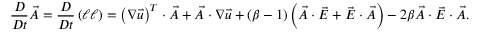
\frac { D } { D t } \vec { A } = \frac { D } { D t } \left( \boldsymbol { \ell } \boldsymbol { \ell } \right) = \left( \boldsymbol { \nabla } \vec { u } \right) ^ { T } \cdot \vec { A } + \vec { A } \cdot \boldsymbol { \nabla } \vec { u } + ( \beta - 1 ) \left( \vec { A } \cdot \vec { E } + \vec { E } \cdot \vec { A } \right) - 2 \beta \vec { A } \cdot \vec { E } \cdot \vec { A } .